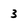
Character: 3